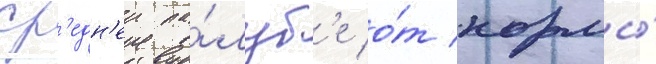
ср'едн'еи па́луб'е о́т кормы́